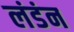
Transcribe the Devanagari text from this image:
लंडंन